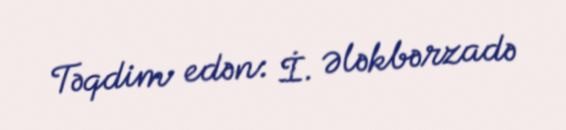
Təqdim edən: İ. Ələkbərzadə